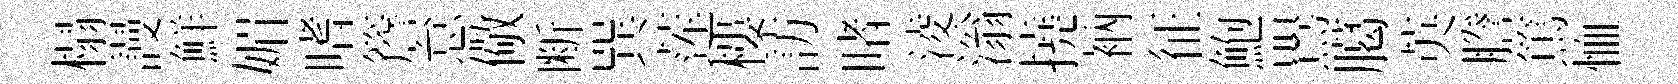
榻謾鮮媚嗜簷怠儆断巽莲樓訪睹淩滃撓衲征鮑鸎臈英謄篤恤